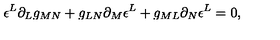
\epsilon ^ { L } \partial _ { L } g _ { M N } + g _ { L N } \partial _ { M } \epsilon ^ { L } + g _ { M L } \partial _ { N } \epsilon ^ { L } = 0 ,